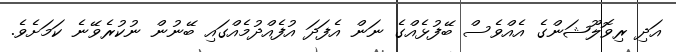
އަދި ރިވޮލޫޝަންގެ އެއްވެސް ބޭފުޅެއްގެ ނަން އެފަދަ އުފެއްދުމެއްގައި ބޭނުން ނުކުރެވޭނެ ކަމަށެވެ.